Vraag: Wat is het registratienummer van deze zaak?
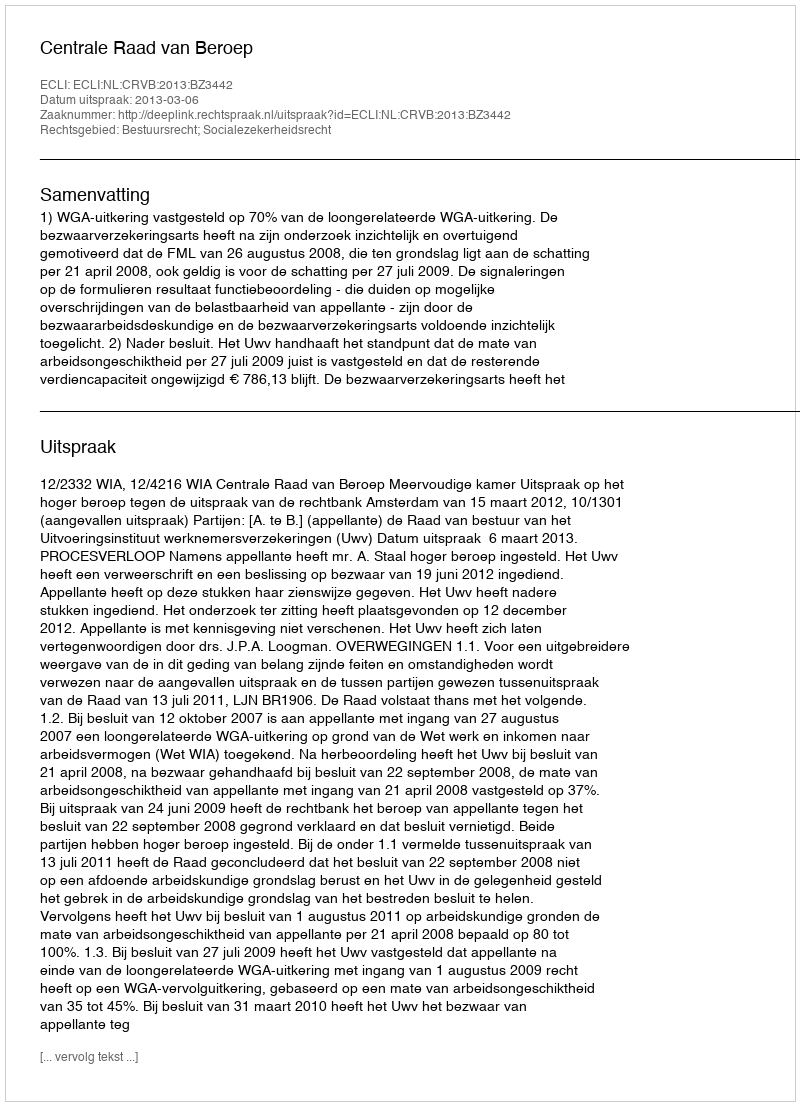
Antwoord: http://deeplink.rechtspraak.nl/uitspraak?id=ECLI:NL:CRVB:2013:BZ3442